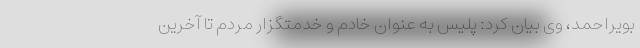
بویراحمد، وی بیان کرد: پلیس به عنوان خادم و خدمتگزار مردم تا آخرین